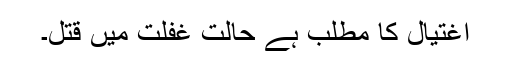
اغتیال کا مطلب ہے حالت غفلت میں قتل۔